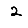
Digit: 2